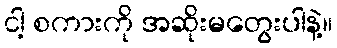
ငါ့ စကားကို အဆိုးမတွေးပါနဲ့။